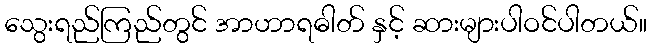
သွေးရည်ကြည်တွင် အာဟာရဓါတ် နှင့် ဆားများပါဝင်ပါတယ်။